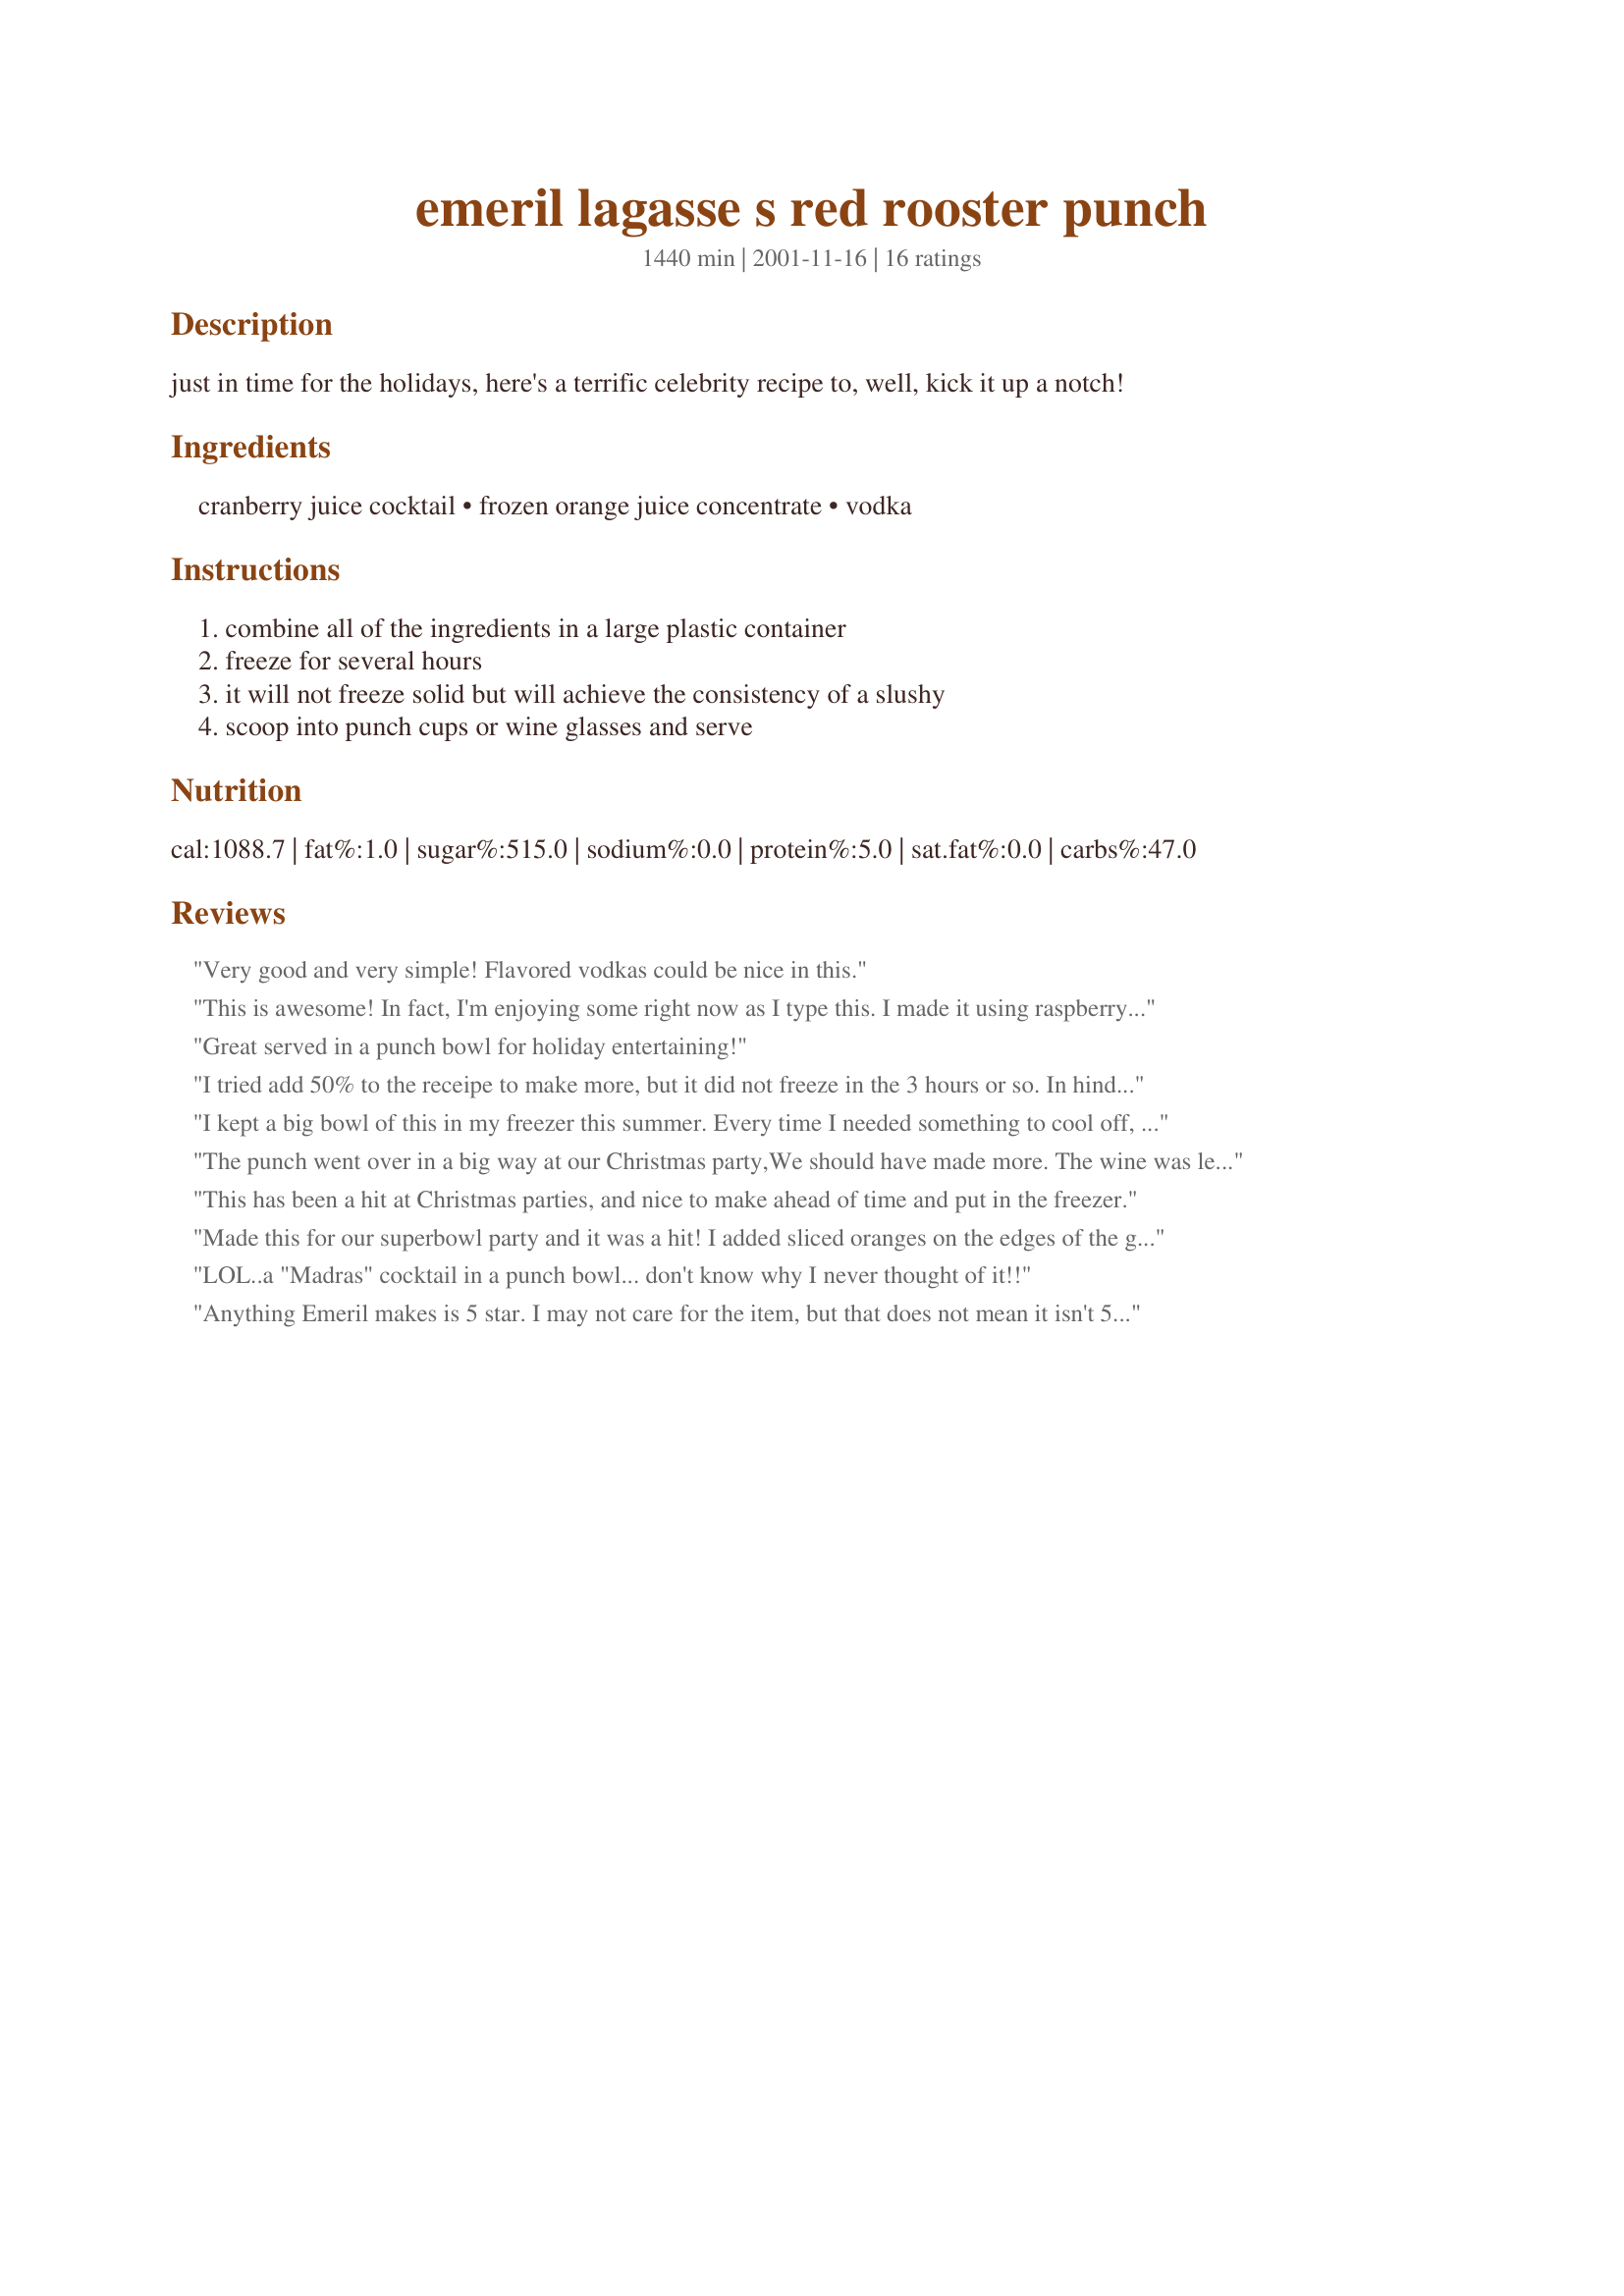
emeril lagasse s red rooster punch
Preparation time: 1440 minutes

just in time for the holidays, here's a terrific celebrity recipe to, well, kick it up a notch!

Ingredients:
cranberry juice cocktail, frozen orange juice concentrate, vodka

Steps:
combine all of the ingredients in a large plastic container, freeze for several hours, it will not freeze solid but will achieve the consistency of a slushy, scoop into punch cups or wine glasses and serve

Reviews:
Very good and very simple! Flavored vodkas could be nice in this.
This is awesome! In fact, I'm enjoying some right now as I type this. I made it using raspberry Absolut and the taste is just fantastic. Thanks for posting.
Great served in a punch bowl for holiday entertaining!
I tried add 50% to the receipe to make more, but it did not freeze in the 3 hours or so. In hindsight I should've tried freezing it longer.

But it was still good, even not frozen. I just added more cranberry juice.
I kept a big bowl of this in my freezer this summer. Every time I needed something to cool off, I scooped out a cup of this for a nice treat.
The punch went over in a big way at our Christmas party,We should have made more. The wine was left almost untouched.
This has been a hit at Christmas parties, and nice to make ahead of time and put in the freezer.
Made this for our superbowl party and it was a hit! I added sliced oranges on the edges of the glasses for a "tropical" flare - great recipe.
LOL..a "Madras" cocktail in a punch bowl... don't know why I never thought of it!!
Anything Emeril makes is 5 star. I may not care for the item, but that does not mean it
isn't 5 star.
This is so good!! Try it with Absolut Citron. I never serve it frozen though. I put the vodka in the freezer, and freeze the juice for a few hours till slushy, then pour it all in a punch bowl with almost defrosted orange juice.
This is so good! I got the same recipe out of a community cookbook and made it for Thanksgiving and it was a big hit! The recipe makes alot and we are slowly making our way through the container. I made mine about 24 hours before it was needed and it froze very well during that time. A great recipe!
Yum! I love cranberry juice. Too bad it seems a little lonely now without the rest of this recipe to keep it company.
Made this for WildWays New Years Day party and it was loved by everyone We went through two punch bowls full with 15 people. We also added in some champagne in the glass once in a while and that was delicious.
very good. double batch needs overnite to freeze. used cranberry vodka. will use orange vodka next time as i think i wud like to play up the orange flavor a little more.
I made this for a New Years Day party. Everyone loved it. I put it in a pitcher and kept refilling from the freezer. My mom says this is an old Louisiana favorite. Thanks for sharing.
